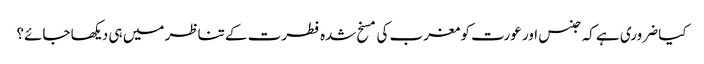
کیا ضروری ہے کہ جنس اور عورت کو مغرب کی مسخ شدہ فطرت کے تناظر میں ہی دیکھا جائے؟